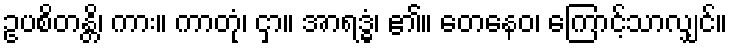
ဥပစိတန္တိ၊ ကား။ ကာတုံ၊ ငှာ။ အာရဒ္ဓံ၊ ၏။ တေနေဝ၊ ကြောင့်သာလျှင်။